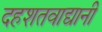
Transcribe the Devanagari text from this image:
दहशतवाद्यानी